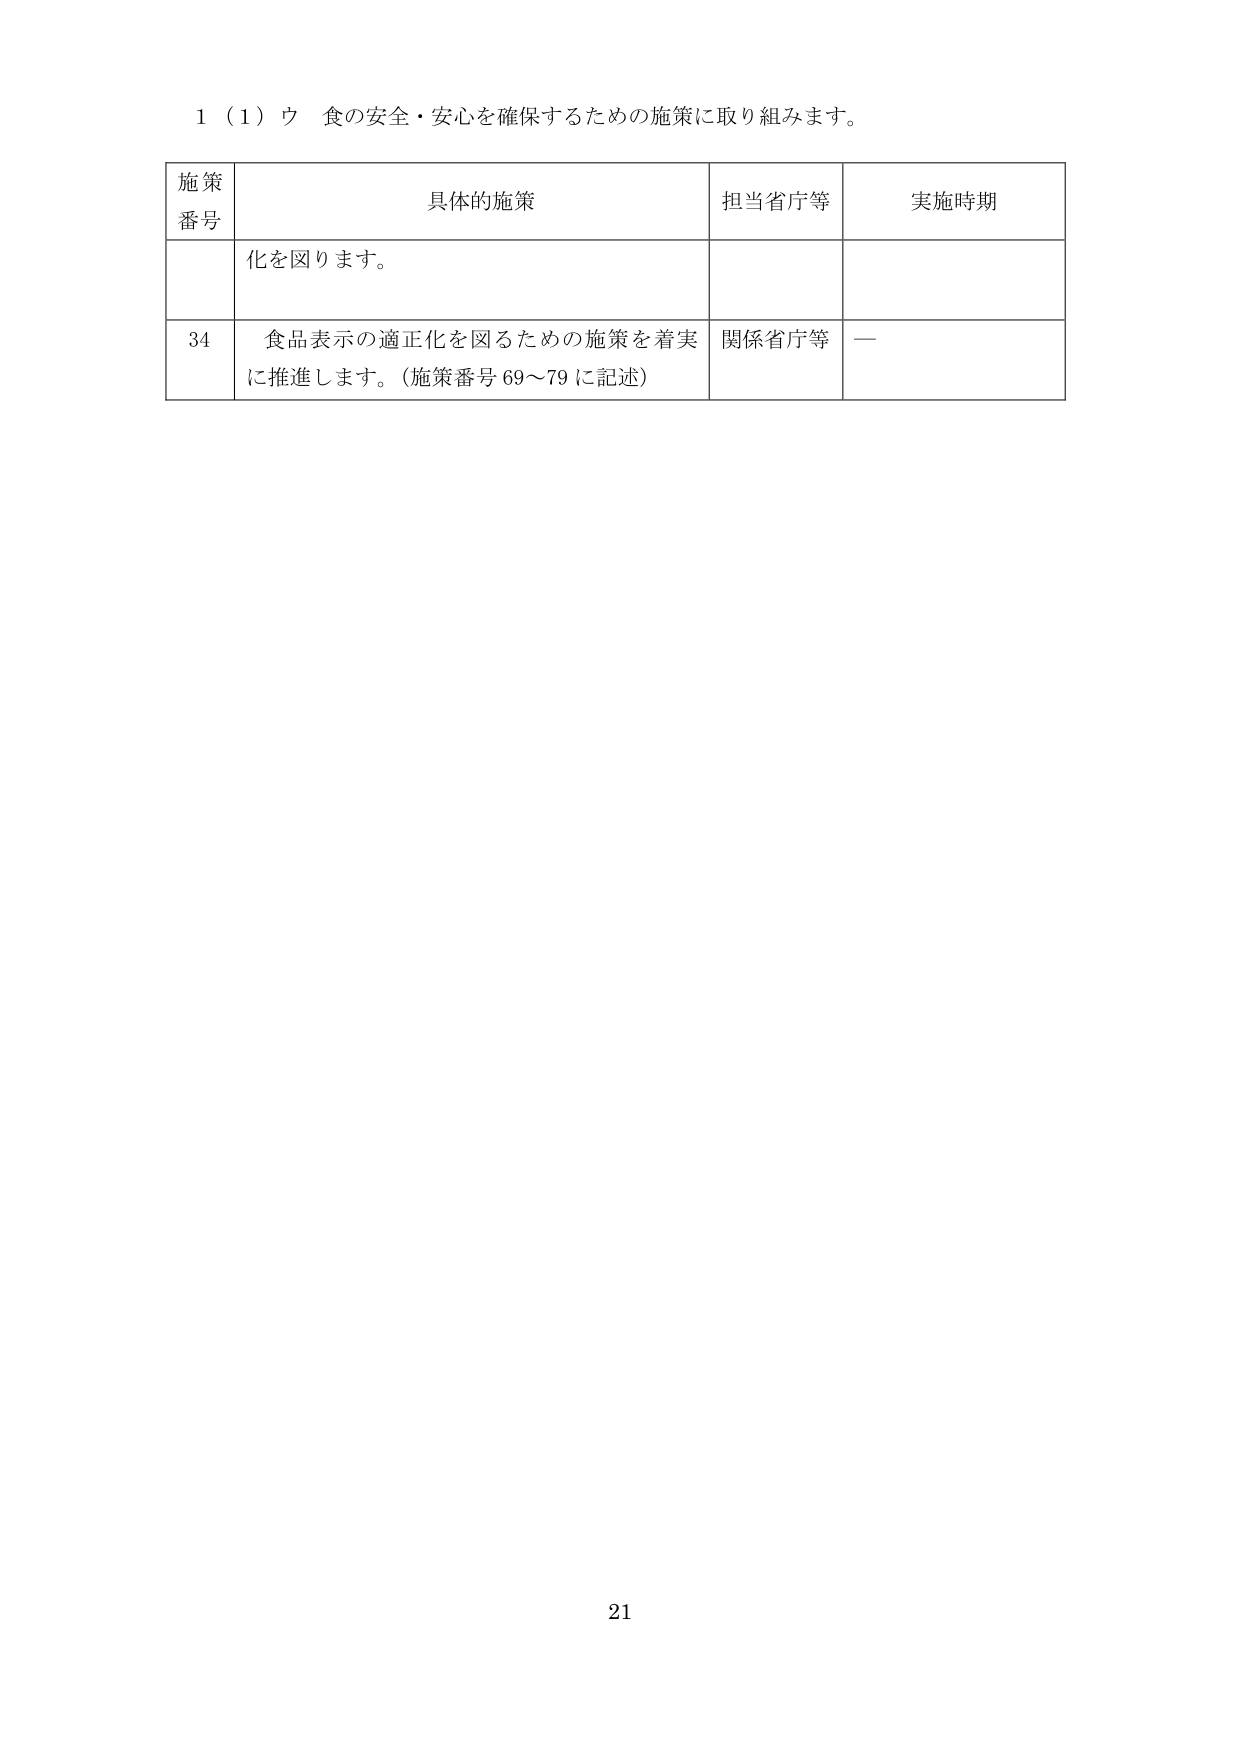
1（1）ウ 食の安全・安心を確保するための施策に取り組みます。

施策
番号	具体的施策	担当省庁等	実施時期
	化を図ります。
34	食品表示の適正化を図るための施策を着実に推進します。（施策番号 69～79 に記述）	関係省庁等	—

21